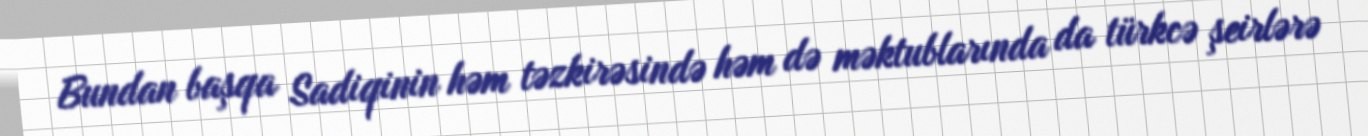
Bundan başqa Sadiqinin həm təzkirəsində həm də məktublarında da türkcə şeirlərə